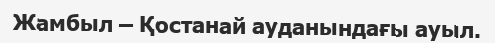
Жамбыл – Қостанай ауданындағы ауыл.